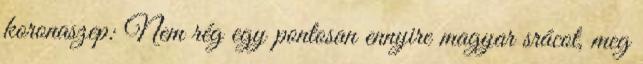
koronaszep: Nem rég egy pontosan ennyire magyar srácot, meg